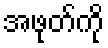
အဖုတ်ကို